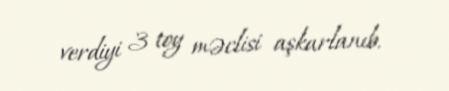
verdiyi 3 toy məclisi aşkarlanıb.